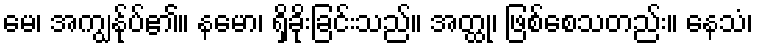
မေ၊ အကျွန်ုပ်၏။ နမော၊ ရှိခိုးခြင်းသည်။ အတ္ထု၊ ဖြစ်စေသတည်း။ နေသံ၊